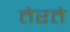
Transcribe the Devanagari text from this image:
तेरते